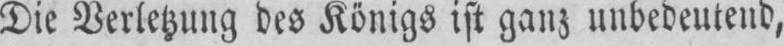
Die Verlei_uiig des Konigs ist gauz unbedeuteud,